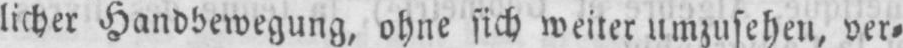
licher Handbewegung, ohne sich weiter umzusehen, ver⸗